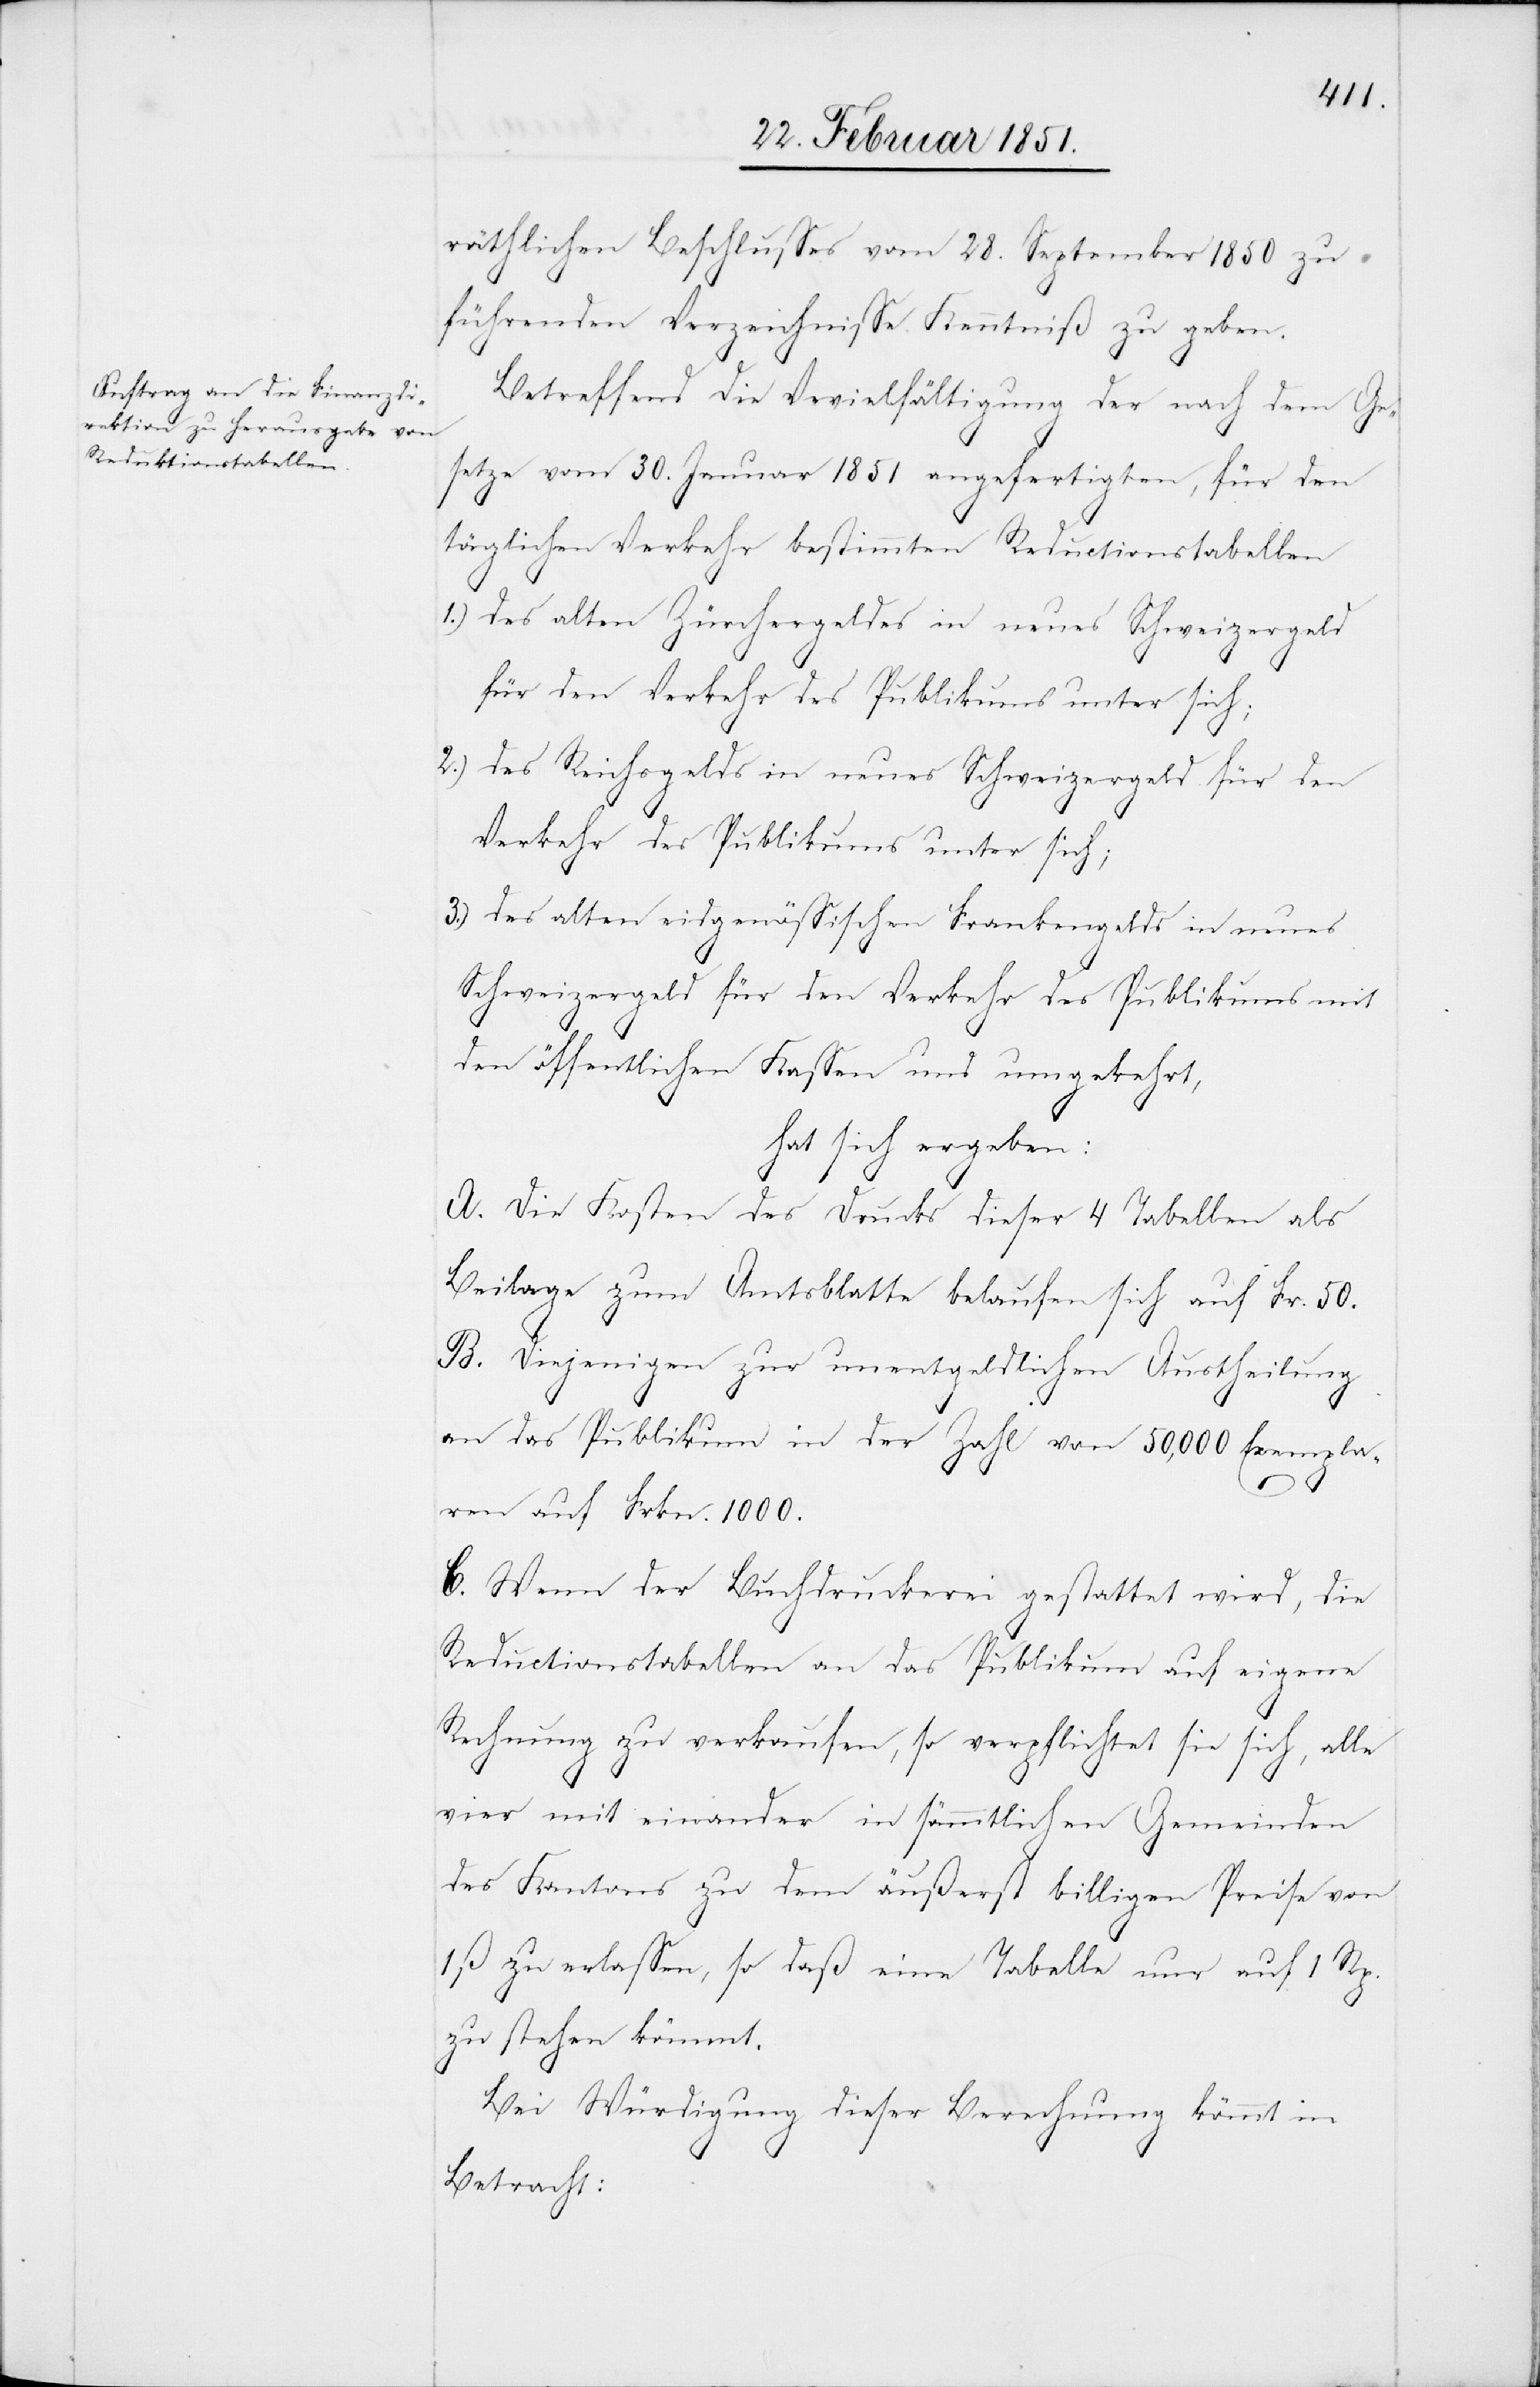
räthlichen Beschlusses vom 28. September 1850 zu
führenden Verzeichnisse Kenntniß zu geben.
Betreffend die Ve[r]vielfältigung der nach dem Ge¬
setze vom 30. Januar 1851 angefertigten, für den
täglichen Verkehr bestimmten Reductionstabellen
des alten Zürchergeldes in neues Schweizergeld
für den Verkehr des Publikums unter sich;
des Reichsgelds in neues Schweizergeld für den
Verkehr des Publikums unter sich;
des alten eidgenössischen Frankengelds in neues
Schweizergeld für den Verkehr des Publikums mit
den öffentlichen Kassen und umgekehrt,
hat sich ergeben:
A. Die Kosten des Drucks dieser 4 Tabellen als
Beilage zum Amtsblatte belaufen sich auf Fr. 50.
B. Diejenigen zur unentgeldlichen Austheilung
an das Publikum in der Zahl von 50,000 Exempla¬
ren auf Frkn. 1000.
C. Wenn der Buchdruckerei gestattet wird, die
Reductionstabellen an das Publikum auf eigene
Rechnung zu verkaufen, so verpflichtet sie sich, alle
vier mit einander in sämmtlichen Gemeinden
des Kantons zu dem äußerst billigen Preise von
1 ß zu erlassen, so daß eine Tabelle nur auf 1 Rp.
zu stehen kömmt.
Bei Würdigung dieser Berechnung kömmt in
Betracht: